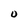
Character: 0